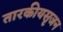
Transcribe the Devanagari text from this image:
तारकीयसृजन